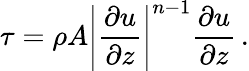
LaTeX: \tau=\rho A\left|\frac{\partial u}{\partial z}\right|^{n-1}\frac{\partial u}{\partial z}\, .